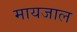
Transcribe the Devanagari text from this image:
मायजाल